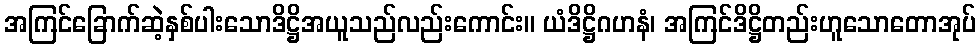
အကြင်ခြောက်ဆဲ့နှစ်ပါးသောဒိဋ္ဌိအယူသည်လည်းကောင်း။ ယံဒိဋ္ဌိဂဟနံ၊ အကြင်ဒိဋ္ဌိတည်းဟူသောတောအုပ်